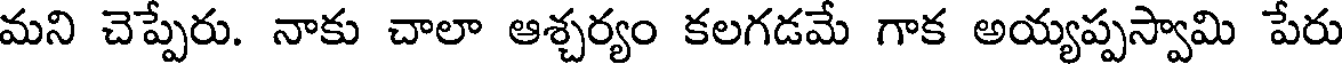
మని చెప్పేరు. నాకు చాలా ఆశ్చర్యం కలగడమే గాక అయ్యప్పస్వామి పేరు